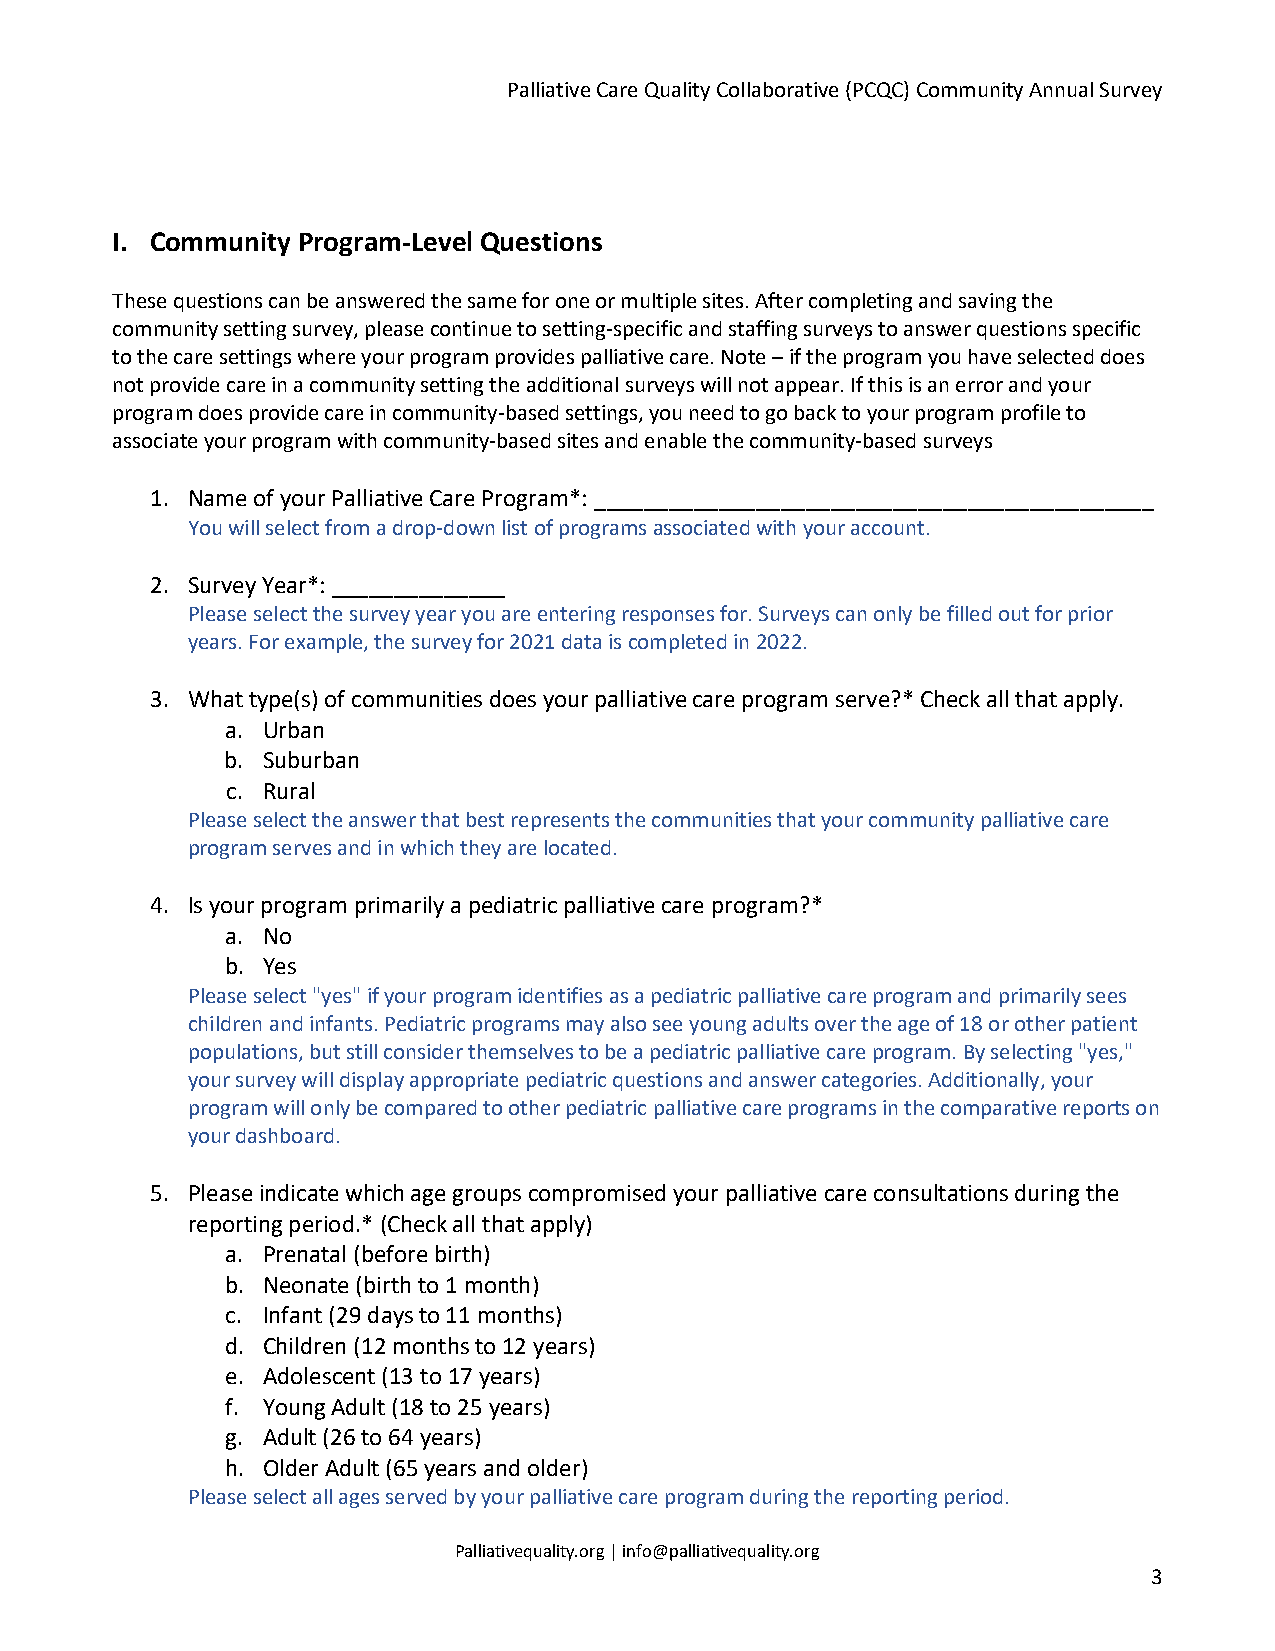
Palliative Care Quality Collaborative (PCQC) Community Annual Survey
 I. Community Program-Level Questions
 These questions can be answered the same for one or multiple sites. After completing and saving the
 community setting survey, please continue to setting-specific and staffing surveys to answer questions specific
 to the care settings where your program provides palliative care. Note – if the program you have selected does
 not provide care in a community setting the additional surveys will not appear. If this is an error and your
 program does provide care in community-based settings, you need to go back to your program profile to
 associate your program with community-based sites and enable the community-based surveys
 1. Name of your Palliative Care Program*: _____________________________________________
 You will select from a drop-down list of programs associated with your account.
 2. Survey Year*: ______________
 Please select the survey year you are entering responses for. Surveys can only be filled out for prior
 years. For example, the survey for 2021 data is completed in 2022.
 3. What type(s) of communities does your palliative care program serve?* Check all that apply.
 a. Urban
 b. Suburban
 c. Rural
 Please select the answer that best represents the communities that your community palliative care
 program serves and in which they are located.
 4. Is your program primarily a pediatric palliative care program?*
 a. No
 b. Yes
 Please select "yes" if your program identifies as a pediatric palliative care program and primarily sees
 children and infants. Pediatric programs may also see young adults over the age of 18 or other patient
 populations, but still consider themselves to be a pediatric palliative care program. By selecting "yes,"
 your survey will display appropriate pediatric questions and answer categories. Additionally, your
 program will only be compared to other pediatric palliative care programs in the comparative reports on
 your dashboard.
 5. Please indicate which age groups compromised your palliative care consultations during the
 reporting period.* (Check all that apply)
 a. Prenatal (before birth)
 b. Neonate (birth to 1 month)
 c. Infant (29 days to 11 months)
 d. Children (12 months to 12 years)
 e. Adolescent (13 to 17 years)
 f. Young Adult (18 to 25 years)
 g. Adult (26 to 64 years)
 h. Older Adult (65 years and older)
 Please select all ages served by your palliative care program during the reporting period.
 Palliativequality.org | info@palliativequality.org
 3